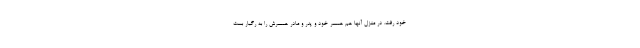
خود رفت. در منزل آنها هم همسر خود و پدر و مادر همسرش را به رگبار بست